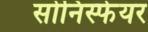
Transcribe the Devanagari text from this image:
सोनिस्फेयर